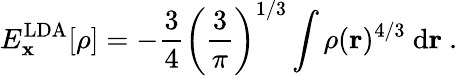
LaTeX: E_{\mathbf{x}}^{\mathrm{{LDA}}}[\rho]=-{\frac{{3}}{{4}}}\left({\frac{{3}}{{\pi}}}\right)^{1/3}\int\rho(\mathbf{{r}})^{4/3}\ \mathrm{{d}}\mathbf{{r}}\ .